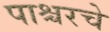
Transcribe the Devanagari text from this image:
पाश्चरचे